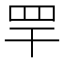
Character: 䍐